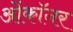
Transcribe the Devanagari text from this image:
ओंकॉनर